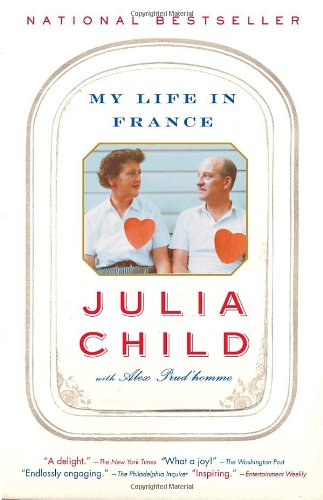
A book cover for My Life in France; Julia Child; Cookbooks, Food & Wine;